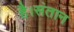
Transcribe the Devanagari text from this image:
है।संतान